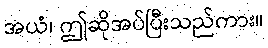
အယံ၊ ဤဆိုအပ်ပြီးသည်ကား။